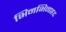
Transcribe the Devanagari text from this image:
भिनभिनाहट